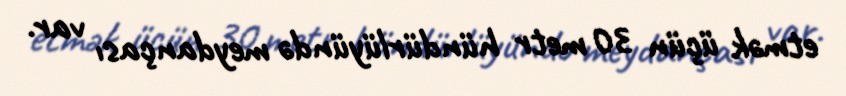
etmək üçün 30 metr hündürlüyündə meydançası var.